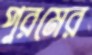
পুরমের